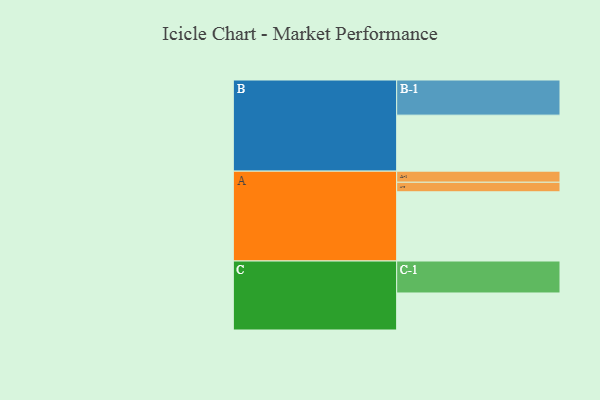
{"axis": {"x": "Segment", "y": "Value"}, "legend": ["", "A", "B", "C"], "data": [{"x": "A", "y": 587, "type": ""}, {"x": "B", "y": 475, "type": ""}, {"x": "C", "y": 314, "type": ""}, {"x": "A-1", "y": 94, "type": "A"}, {"x": "A-2", "y": 81, "type": "A"}, {"x": "B-1", "y": 298, "type": "B"}, {"x": "C-1", "y": 271, "type": "C"}]}